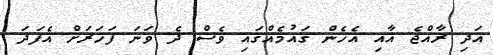
އަދި ރާއްޖެ އާއި އެހެން ގައުމެއްގައި ވެސް ދެ ވަނަ ފަހަރަށް އެފަދަ